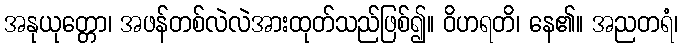
အနုယုတ္တော၊ အဖန်တစ်လဲလဲအားထုတ်သည်ဖြစ်၍။ ဝိဟရတိ၊ နေ၏။ အညတရံ၊